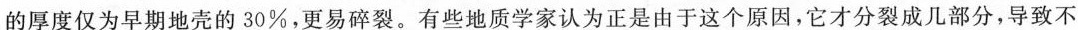
的厚度仅为早期地壳的30%，更易碎裂。有些地质学家认为正是由于这个原因，它才分裂成几部分，导致不